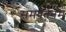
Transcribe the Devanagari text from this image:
समवर्तनम्